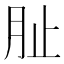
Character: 𭨪